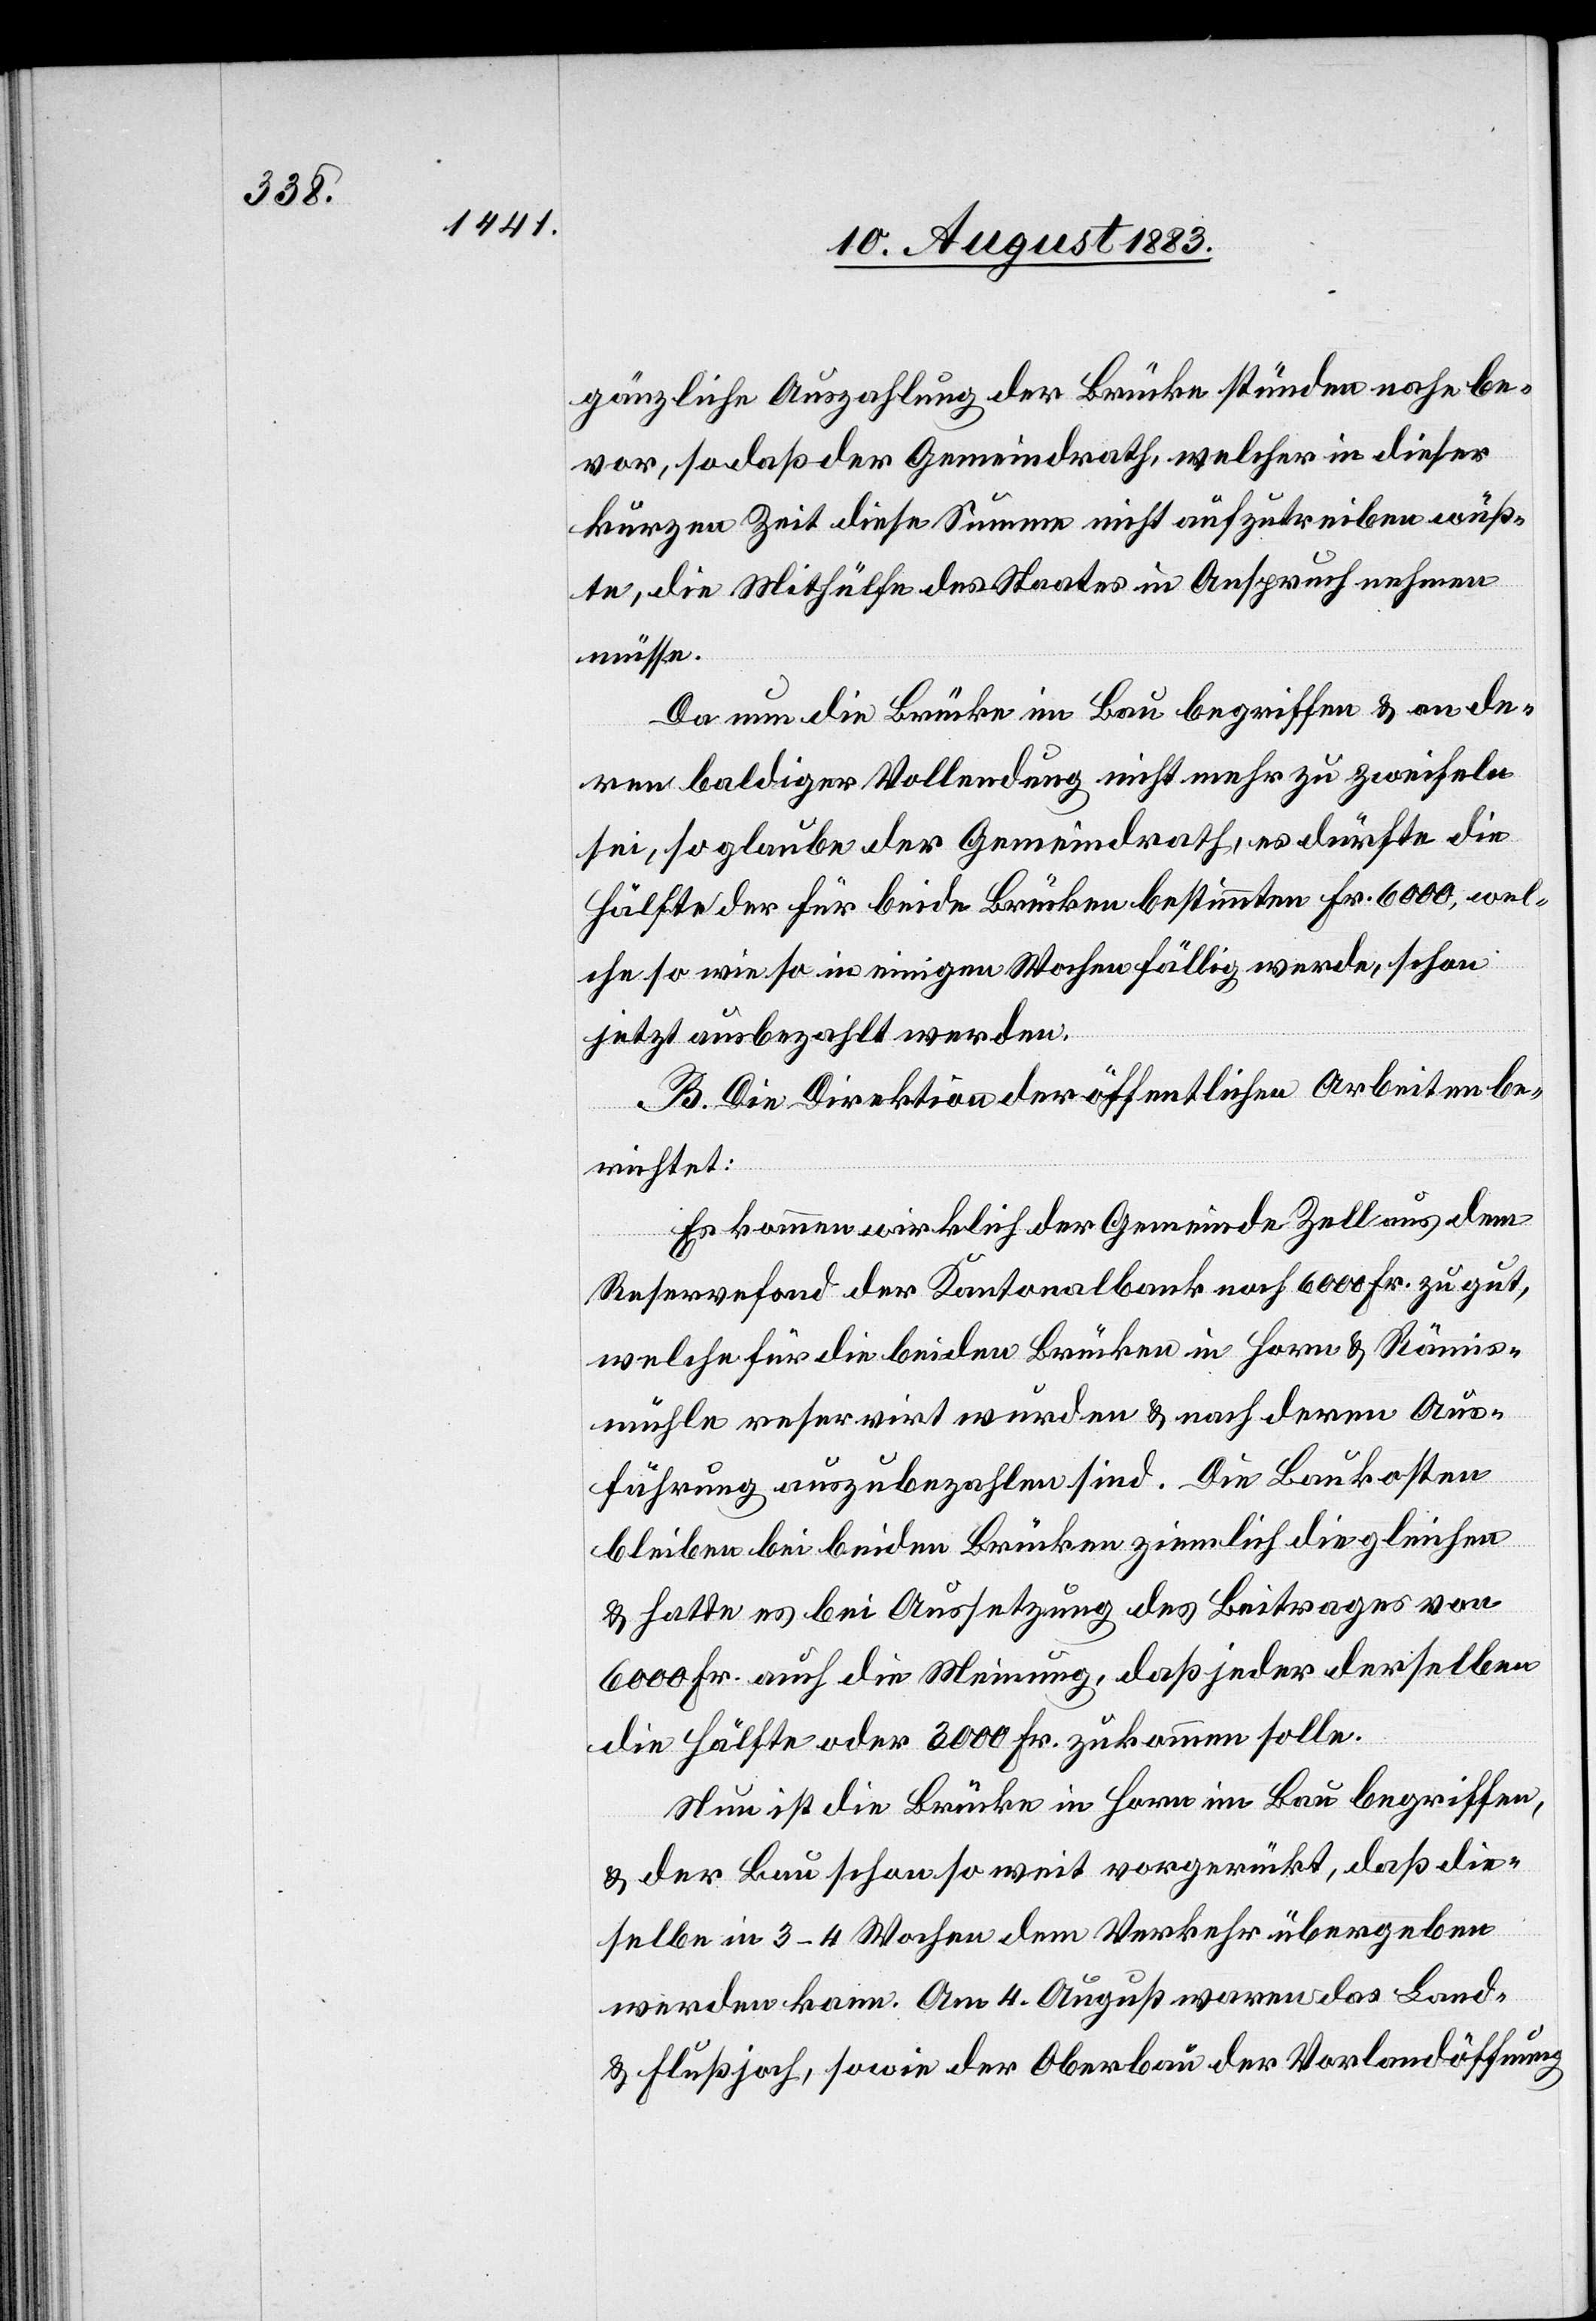
gänzliche Auszahlung der Brücke stünden nahe be¬
vor, so daß der Gemeindrath, welcher in dieser
kurzen Zeit diese Summe nicht aufzutreiben wüß¬
te, die Mithülfe des Staates in Anspruch nehmen
müsse.
Da nun die Brücke im Bau begriffen & an de¬
ren baldiger Vollendung nicht mehr zu zweifeln
sei, so glaube der Gemeindrath, es dürfte die
Hälfte der für beide Brücken bestimmten Fr. 6000, wel¬
che so wie so in einigen Wochen fällig werde, schon
jetzt ausbezahlt werden.
B. Die Direktion der öffentlichen Arbeiten be¬
richtet:
Es kommen wirklich der Gemeinde Zell aus dem
Reservefond der Kantonalbank noch 6000 Fr. zu gut,
welche für die beiden Brücken in Horn & Rämis¬
mühle reservirt wurden & nach deren Aus¬
führung auszubezahlen sind. Die Baukosten
bleiben bei beiden Brücken ziemlich die gleichen
& hatte es bei Aussetzung des Beitrages von
6000 Fr. auch die Meinung, daß jeder derselben
die Hälfte oder 3000 Fr. zukommen solle.
Nun ist die Brücke in Horn im Bau begriffen,
& der Bau schon so weit vorgerückt, daß die¬
selbe in 3–4 Wochen dem Verkehr übergeben
werden kann. Am 4. August waren das Land-
& Flußjoch, sowie der Oberbau der Vorlandöffnung